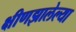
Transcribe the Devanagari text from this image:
क्षीणझालेल्या